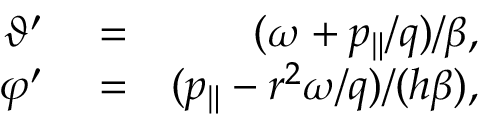
\begin{array} { r l r } { \vartheta ^ { \prime } } & { { } = } & { ( \omega + p _ { \| } / q ) / \beta , } \\ { \varphi ^ { \prime } } & { { } = } & { ( p _ { \| } - r ^ { 2 } \omega / q ) / ( h \beta ) , } \end{array}